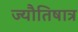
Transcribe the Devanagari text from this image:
ज्यौतिषात्र